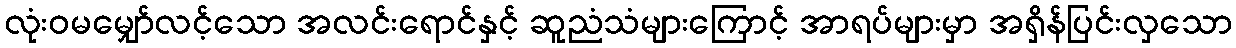
လုံးဝမမျှော်လင့်သော အလင်းရောင်နှင့် ဆူညံသံများကြောင့် အာရပ်များမှာ အရှိန်ပြင်းလှသော